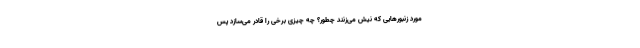
مورد زنبورهایی که نیش می‌زنند چطور؟ چه چیزی برخی را قادر می‌سازد پس